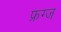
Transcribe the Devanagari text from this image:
फ्रग्ज